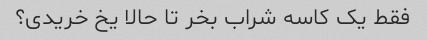
فقط یک کاسه شراب بخر تا حالا یخ خریدی؟